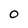
Character: O